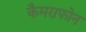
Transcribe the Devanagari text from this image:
कैमराफोन